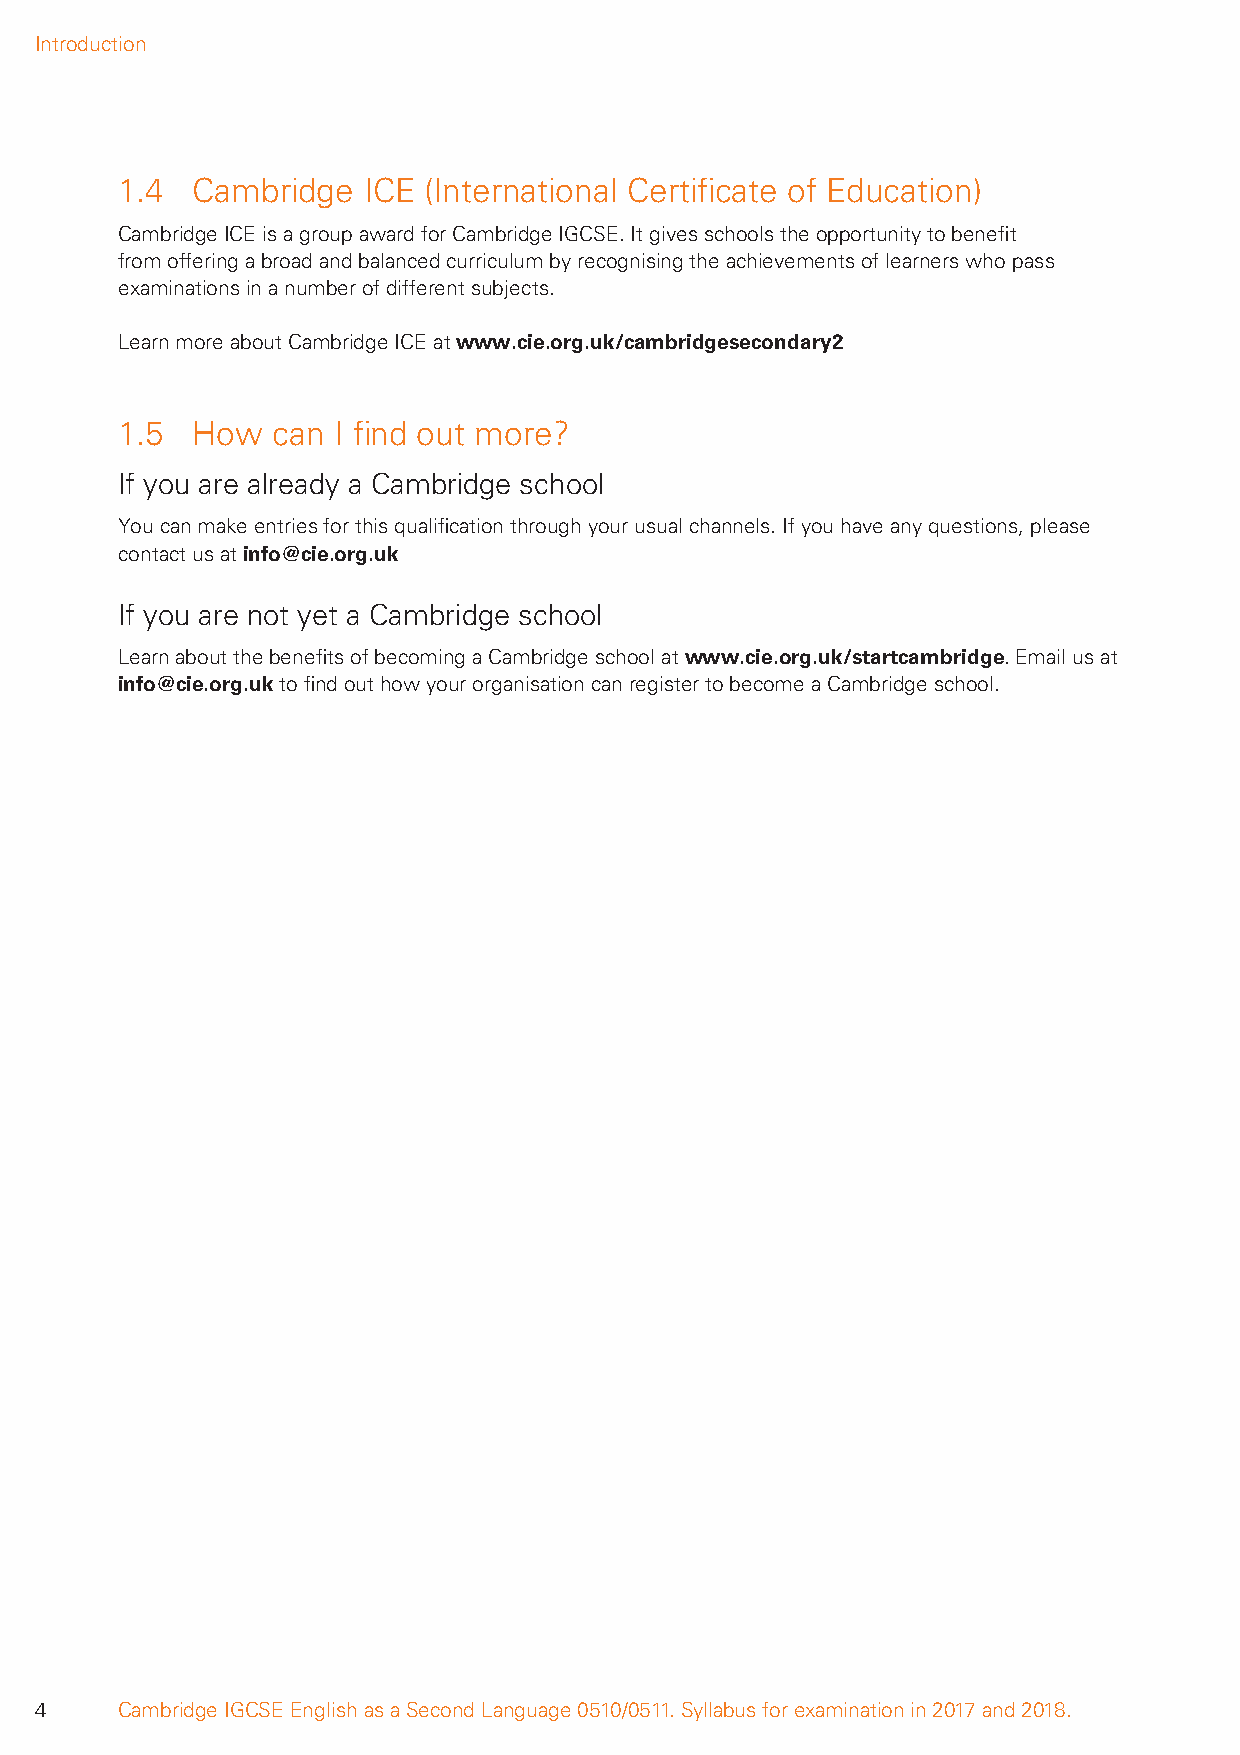
Introduction
 1.4  Cambridge  ICE (International Certifi cate of Education)
 Cambridge ICE is a group award for Cambridge IGCSE. It gives schools the opportunity to benefi t
 from offering a broad and balanced curriculum by recognising the achievements of learners who pass
 examinations in a number of different subjects.
 Learn more about Cambridge ICE at www.cie.org.uk/cambridgesecondary2
 1.5  How  can I fi nd out more?
 If you are already a Cambridge school
 You can make entries for this qualifi cation through your usual channels. If you have any questions, please
 contact us at info@cie.org.uk
 If you are not yet a Cambridge school
 Learn about the benefi ts of becoming a Cambridge school at www.cie.org.uk/startcambridge. Email us at
 info@cie.org.uk to fi nd out how your organisation can register to become a Cambridge school.
 4     Cambridge IGCSE English as a Second Language 0510/0511. Syllabus for examination in 2017 and 2018.